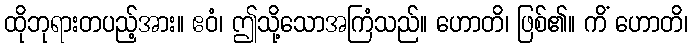
ထိုဘုရားတပည့်အား။ ဧဝံ၊ ဤသို့သောအကြံသည်။ ဟောတိ၊ ဖြစ်၏။ ကိံ ဟောတိ၊